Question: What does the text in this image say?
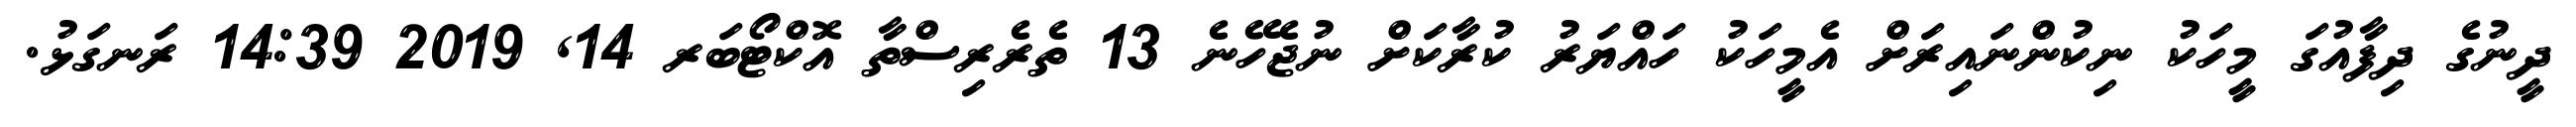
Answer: ދީނުގެ ދިފާއުގަ މީހަކު ނިކުންނައިރަށް އެމީހަކު ހައްޔަރު ކުރާކަށް ނުޖެހޭނެ 13 ތެރެރިސްތާ އޮކްޓޯބަރ 14, 2019 14:39 ރަނގަޅު.